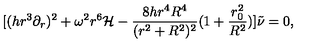
[ ( h r ^ { 3 } \partial _ { r } ) ^ { 2 } + \omega ^ { 2 } r ^ { 6 } { \mathcal H } - \frac { 8 h r ^ { 4 } R ^ { 4 } } { ( r ^ { 2 } + R ^ { 2 } ) ^ { 2 } } ( 1 + \frac { r _ { 0 } ^ { 2 } } { R ^ { 2 } } ) ] \tilde { \nu } = 0 ,